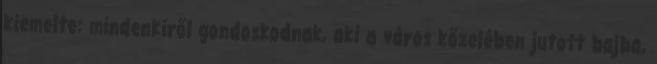
kiemelte: mindenkiről gondoskodnak, aki a város közelében jutott bajba,